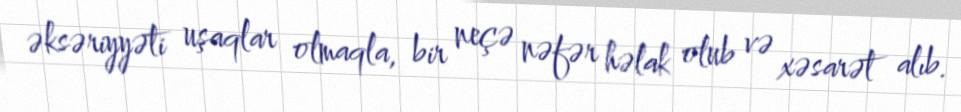
əksəriyyəti uşaqlar olmaqla, bir neçə nəfər həlak olub və xəsarət alıb.